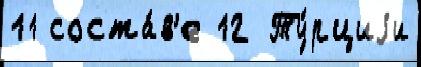
11 соста́в'е 12 Ту́рциjи